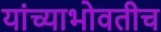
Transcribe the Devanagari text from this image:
यांच्याभोवतीच